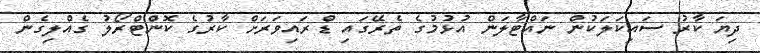
ދިޔަ ކާރު ސައިކަލަކުން ނައްޓާލަން އުޅުމުގެ ތެރޭގައި ޑްރައިވަރަށް ކާރުގެ ކޮންޓްރޯލު ގެއްލިގެން